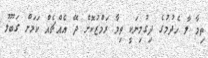
ތިމާ ލާ ހެދުމުގެ ދިގުމިނަކީ ތިމާ ރަމްޒުކޮށް ދޭ އެއްޗެއް ކަމަށް ގަބޫލު